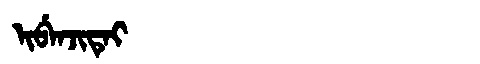
Manchu: ᡳᠪᡝᠨᠵᡳᡨᡝᡳ
Romanization: IBENJITEI